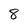
Character: 8